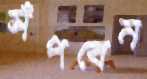
সঁপবেন